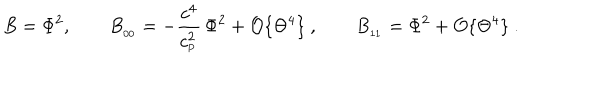
B = \Phi ^ { 2 } , \qquad B _ { _ { 0 0 } } = - { \frac { c ^ { 4 } } { c _ { _ \mathrm { P } } ^ { 2 } } } \, \Phi ^ { 2 } + { \cal O } \{ \Theta ^ { 4 } \} \ , \qquad B _ { _ { 1 1 } } = \Phi ^ { 2 } + { \cal O } \{ \Theta ^ { 4 } \} \ .